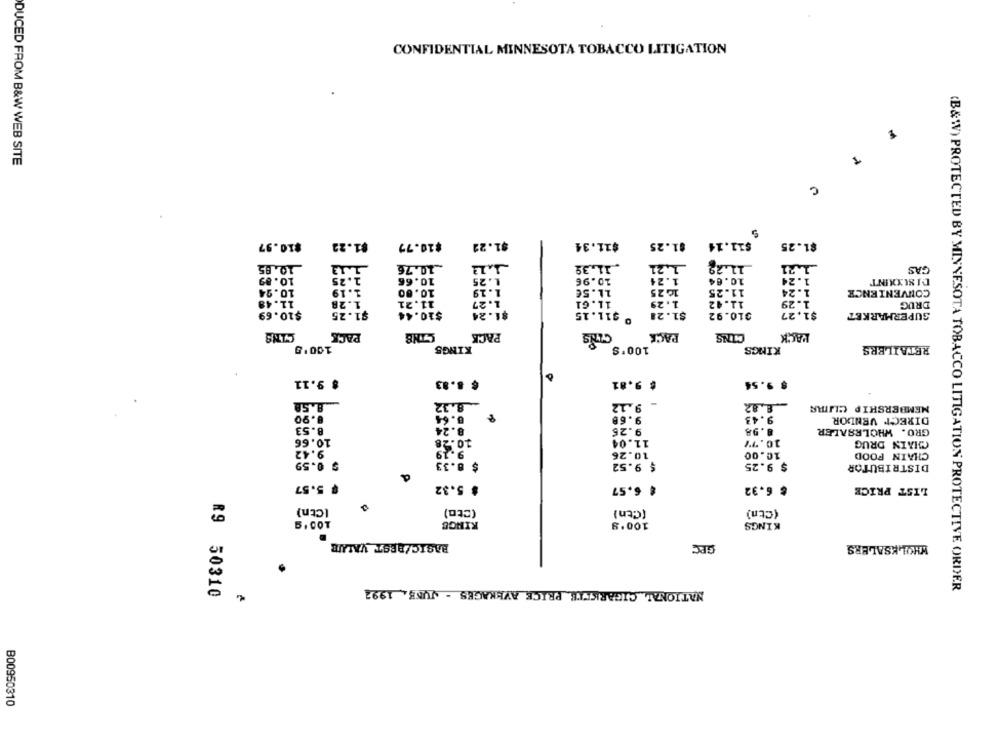
CONFIDENTIAL MINNESOTA TOBACCO LITIGATION
DUCED FROM B&W WEB SITE
C
5
$10.97
$1.22
$10.77
$1.22
$11.34
$1.25
$11.14
$1.25
10.85
1.13
_10.76
1.12
.11,39
1.21
11.29
_1,21
CAS
10.89
1.25
10.66
1. 25
10.96
1.24
10.84
1.24
DISLYXINT
10.94
10.80
1.19
11.5€
16 25
11.25
1.24
CONVENIENCE
1.19
11.48
1.28
11.21
1.27
11.61
1.29
11.42
1.29
DRUG
$10.69
0 911.15
$1.28
$1.27
$1.25
$10.44
$1.24
310.92
SUPERMARKET
CINS
PACK
CINB
PACK
CINS
PACK
PACK
CINS
100'g
KINGS
100'S
KINGS
RETAILERS
$ 9.11
$ 8.83
9.81
9.54
8.32
9.12
-
.8.82
MEMBERSHIP CLIMA
0.90
8.64
9.43
9.68
DIRECT VENDOR
8.53
8.24
9.26
8.98
GRO. WHOLESALER
10.66
10.2
11.04
10.77
CHAIN DRUG
9.42
9.19
10.26
10.00
CHAIN FOOD
$ 0.59
$ 8.33
$ 9.52
$ 9.25
DISTRIBUTOR
$ 5.57
$ 5.32
$ 6.57
$ 6.32
LIST PRICE
(Ctn)
(Cto)
(Ctn)
(Ctn)
RINGE
100'9
KINGS
.
BASIC/BEST VALUE
GEC
WHOLESALERS
NATIONAL CIGARETTE PRICE AVERAGES - JUNE. 1997
(B&W) PROTECTED BY MINNESOTA TOBACCO LITIGATION PROTECTIVE ORDER
R9 50310
B00950310